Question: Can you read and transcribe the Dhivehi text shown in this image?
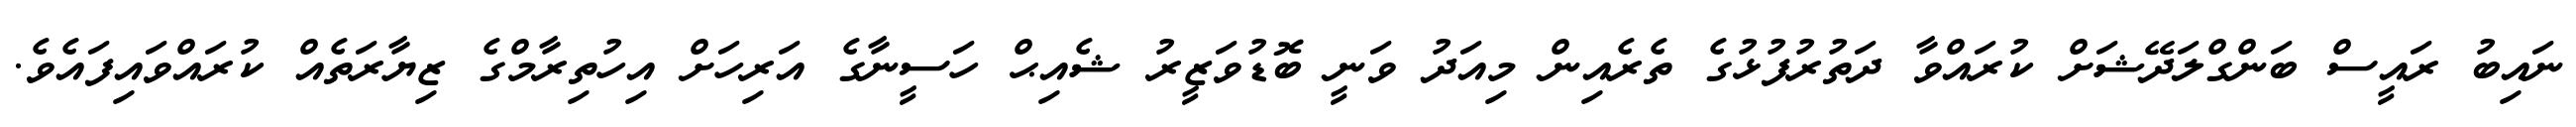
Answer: ނައިބު ރައީސް ބަންގްލަދޭޝަށް ކުރައްވާ ދަތުރުފުޅުގެ ތެރެއިން މިއަދު ވަނީ ބޮޑުވަޒީރު ޝެއިޙް ހަސީނާގެ އަރިހަށް އިހުތިރާމްގެ ޒިޔާރަތެއް ކުރައްވައިފައެވެ.